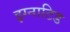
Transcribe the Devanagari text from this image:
इग्नाटिड